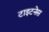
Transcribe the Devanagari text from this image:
टाइटनेस